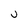
Character: J